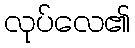
လုပ်လေ၏